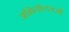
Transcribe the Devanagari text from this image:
अभियोक्ताओं